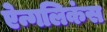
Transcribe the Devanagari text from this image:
ऐन्गलिकंस